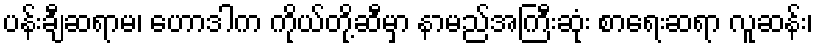
ပန်းချီဆရာမ၊ ဟောဒါက ကိုယ်တို့ဆီမှာ နာမည်အကြီးဆုံး စာရေးဆရာ လူဆန်း၊